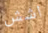
اشش